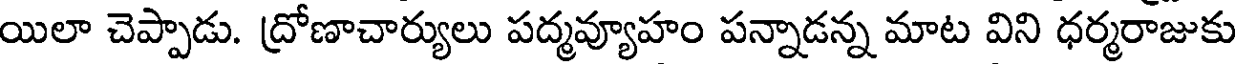
యిలా చెప్పాడు. ద్రోణాచార్యులు పద్మవ్యూహం పన్నాడన్న మాట విని ధర్మరాజుకు